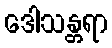
ဒေါသန္တရာ